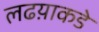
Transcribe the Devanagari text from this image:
लढय़ाकडे